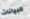
البيانات